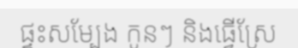
ផ្ទះសម្បែង កូនៗ និងធ្វើស្រែ